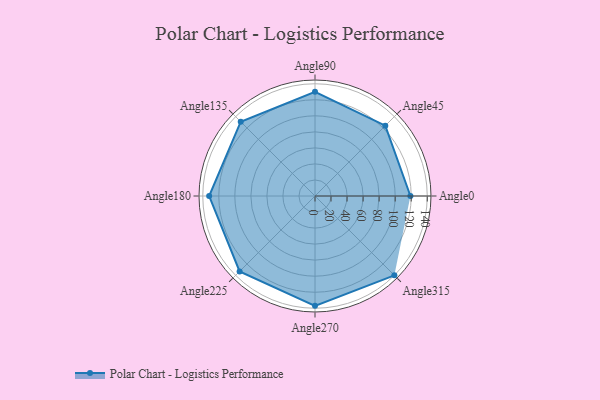
{"axis": {"x": "Angle", "y": "Radius"}, "legend": [""], "data": [{"x": "Angle0", "y": 119.0, "type": ""}, {"x": "Angle45", "y": 124.0, "type": ""}, {"x": "Angle90", "y": 130.0, "type": ""}, {"x": "Angle135", "y": 131.0, "type": ""}, {"x": "Angle180", "y": 132.0, "type": ""}, {"x": "Angle225", "y": 133.0, "type": ""}, {"x": "Angle270", "y": 137.0, "type": ""}, {"x": "Angle315", "y": 140.0, "type": ""}]}